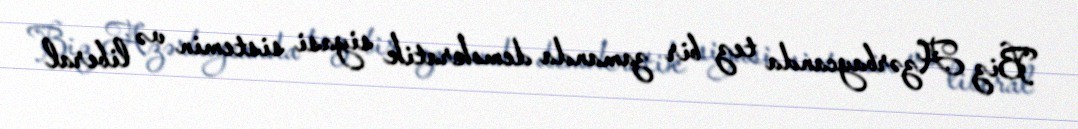
Biz Azərbaycanda tez bir zamanda demokratik siyasi sistemin və liberal